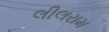
લીલરામ